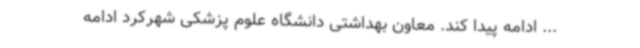
... ادامه پیدا کند. معاون بهداشتی دانشگاه علوم پزشکی شهرکرد ادامه